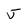
Character: J